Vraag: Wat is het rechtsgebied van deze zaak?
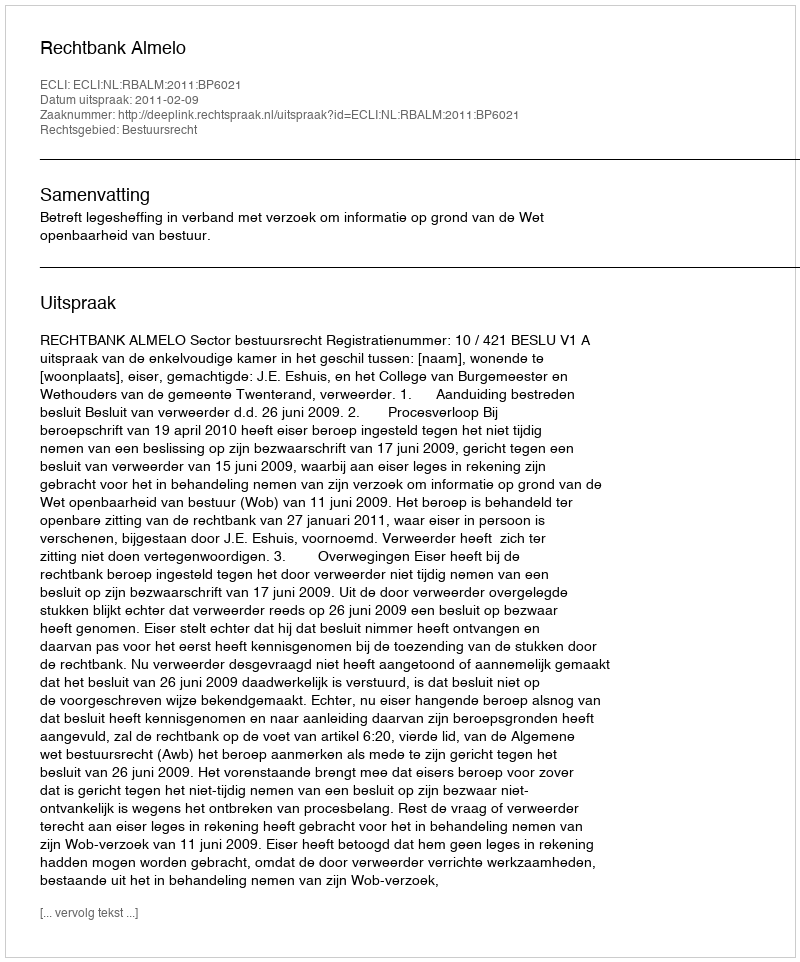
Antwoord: Bestuursrecht